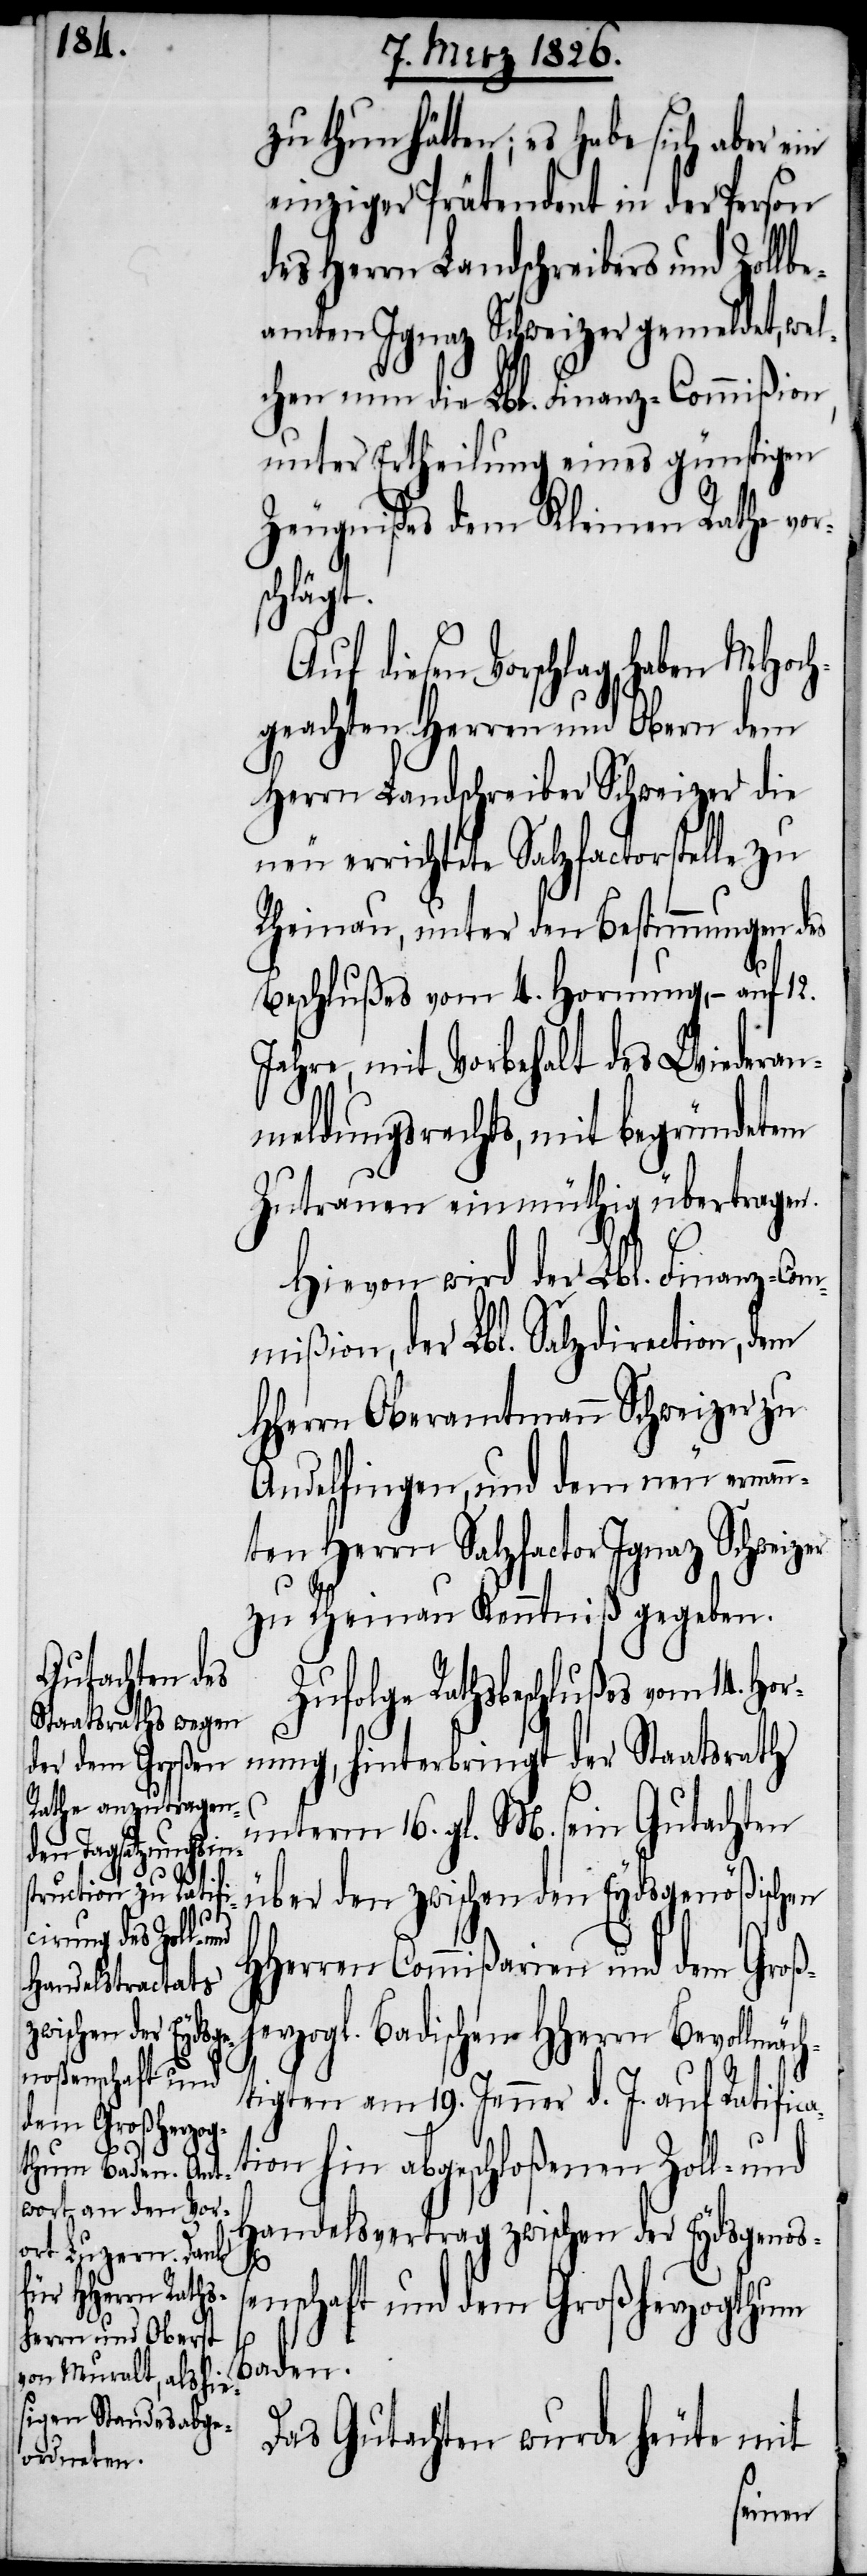
zu tun hätten; es habe sich aber ein
einziger Prätendent in der Person
des Herrn Landschreibers und Zollb¬
eamten Ignaz Schweizer gemeldet, wel¬
chen nun die Lbl. Finanz-Commißion,
unter Ertheilung eines günstigen
Zeugnißes dem Kleinen Rathe vor¬
schlägt.
diesen Vorschlag haben MHoch¬
geachten Herren und Obern dem
Herrn Landschreiber Schweizer die
neu errichtete Salzfactorstelle zu
Rheinau, unter den Bestimmungen des
Beschlußes vom 4. Hornung, – auf 12.
Jahre, mit Vorbehalt des Wiederan¬
meldungsrechts mit begründetem
Zutrauen einmüthig übertragen.
Hievon wird der Lbl. Finanz-Com¬
mißion, der Lbl. Salzdirection, dem
HHerrn Oberamtmann Schweizer zu
Andelfingen, und dem neu ernan¬
nten Herrn Salzfactor Ignaz Schweizer
zu Rheinau Kenntniß gegeben.
Zufolge Rathsbeschlußes vom 14. Hor¬
nung, hinterbringt der Staatsrath
unterm 16. gl. M. sein Gutachten
über den zwischen den Eydsgenößischen
HHerren Commißarien und dem Groß¬
herzogl. Badischen HHerrn Bevollmäc¬
htigten am 19. Jenner d. J. auf Ratifica¬
tion hin abgeschloßenen Zoll- und
Handelsvertrag zwischen der Eydsgenoß¬
enschaft und dem Großherzogthum
Baden.
Das Gutachten wurde heute mit